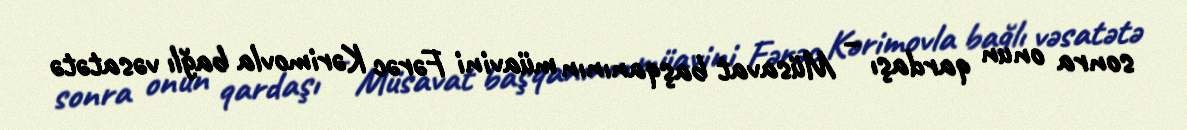
sonra onun qardaşı – Müsavat başqanının müavini Fərəc Kərimovla bağlı vəsatətə